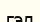
гэл